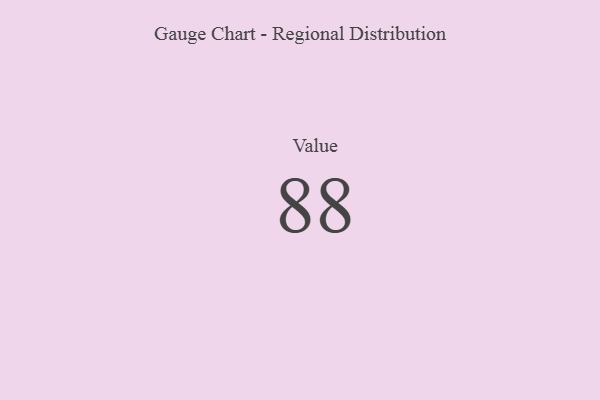
{"axis": {"x": "Metric", "y": "Value"}, "legend": [""], "data": [{"x": "Value", "y": 88, "type": ""}]}